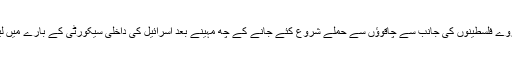
یہ سروے فلسطینوں کی جانب سے چاقوؤں سے حملے شروع کئے جانے کے چھ مہینے بعد اسرائیل کی داخلی سیکورٹی کے بارے میں لیا گیا۔